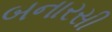
બનારસી